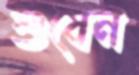
শুষেন